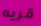
قريه